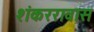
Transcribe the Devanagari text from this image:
शंकररावास